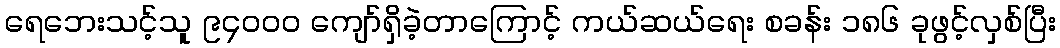
ရေဘေးသင့်သူ ၉၄၀၀၀ ကျော်ရှိခဲ့တာကြောင့် ကယ်ဆယ်ရေး စခန်း ၁၈၆ ခုဖွင့်လှစ်ပြီး